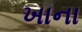
ખાના